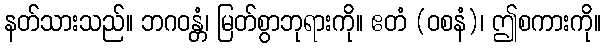
နတ်သားသည်။ ဘဂဝန္တံ၊ မြတ်စွာဘုရားကို။ ဧတံ (ဝစနံ)၊ ဤစကားကို။